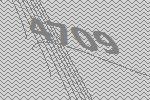
4709